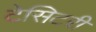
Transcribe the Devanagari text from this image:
टेसिटरी